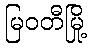
မြဝတီမြို့